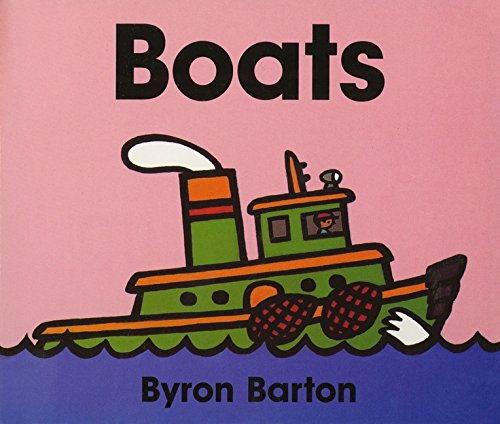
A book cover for Boats Board Book; Byron Barton; Children's Books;